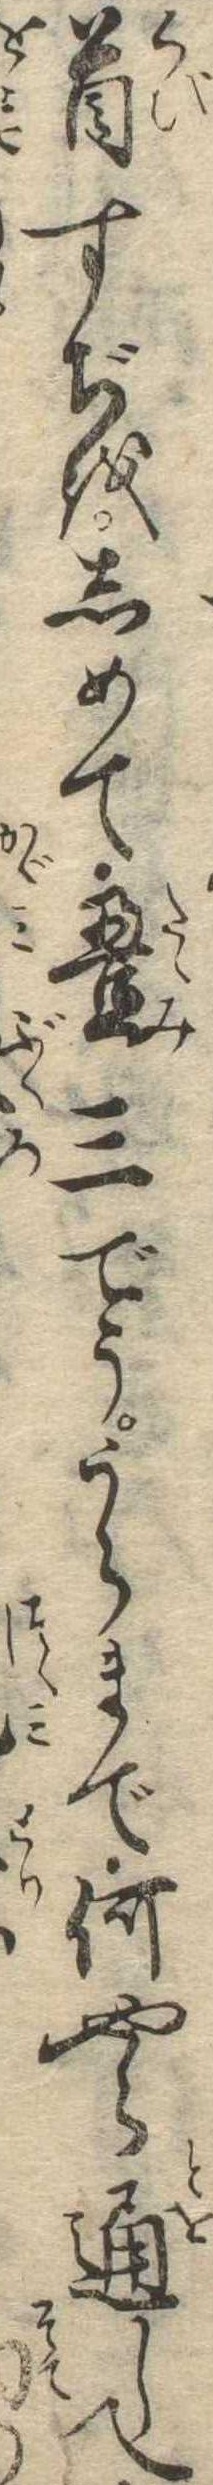
首すぢをしめて畳三でううらまで何やら通して